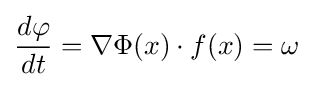
{\frac {d\varphi }{dt}}=\nabla \Phi (x)\cdot f(x)=\omega